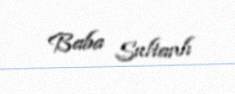
Baba Sultanlı